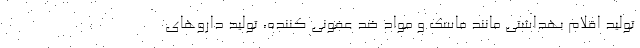
تولید اقلام بهداشتی مانند ماسک و مواد ضد عفونی کننده، تولید داروهای